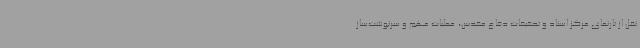
نقل از تارنمای مرکز اسناد و تحقیقات دفاع مقدس، عملیات مهم و سرنوشت‌ساز